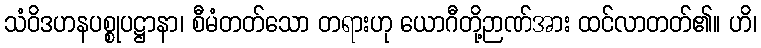
သံဝိဒဟနပစ္စုပဋ္ဌာနာ၊ စီမံတတ်သော တရားဟု ယောဂီတို့ဉာဏ်အား ထင်လာတတ်၏။ ဟိ၊